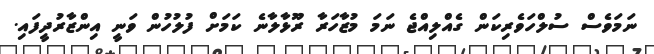
ނަމަވެސް ސުލްހަވެރިކަން ގެއްލިއްޖެ ނަމަ މުޒާހަރާ ރޫޅާލާނެ ކަމަށް ފުލުހުން ވަނީ އިންޒާރުދީފައި.